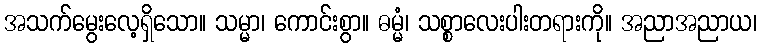
အသက်မွေးလေ့ရှိသော။ သမ္မာ၊ ကောင်းစွာ။ ဓမ္မံ၊ သစ္စာလေးပါးတရားကို။ အညာအညာယ၊